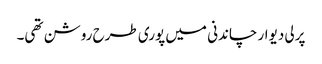
پرلی دیوار چاندنی میں پوری طرح روشن تھی۔